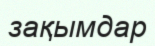
зақымдар